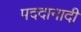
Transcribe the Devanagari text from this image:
पददानादी